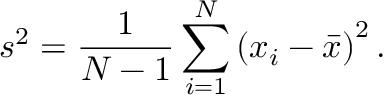
s ^ { 2 } = { \frac { 1 } { N - 1 } } \sum _ { i = 1 } ^ { N } \left( x _ { i } - { \bar { x } } \right) ^ { 2 } .